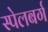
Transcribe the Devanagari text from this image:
स्पेलबर्ग